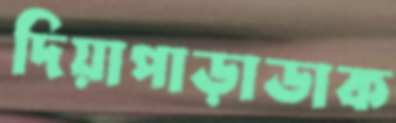
দিয়াপাড়াডাক